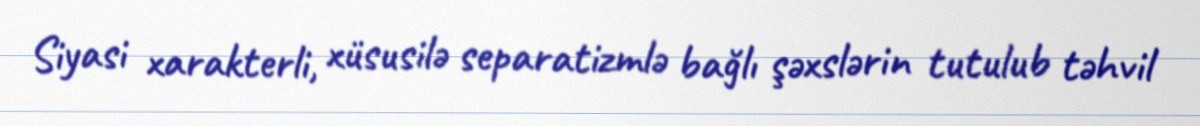
Siyasi xarakterli, xüsusilə separatizmlə bağlı şəxslərin tutulub təhvil